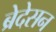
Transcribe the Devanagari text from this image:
ब्रेदेसन